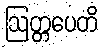
ဩတ္တပေတိ